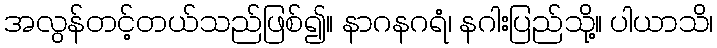
အလွန်တင့်တယ်သည်ဖြစ်၍။ နာဂနဂရံ၊ နဂါးပြည်သို့။ ပါယာသိ၊